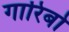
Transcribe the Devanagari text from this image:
गारिबो